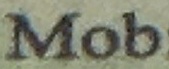
Mob